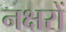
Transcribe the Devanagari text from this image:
नक्षरों